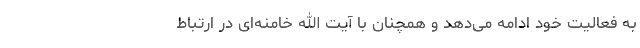
به فعالیت خود ادامه می‌دهد و همچنان با آیت الله خامنه‌ای در ارتباط